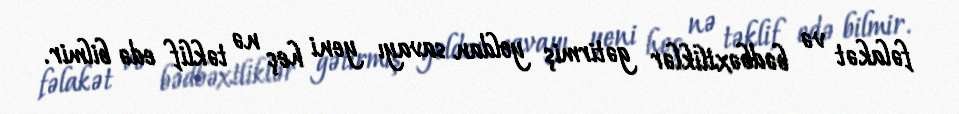
fəlakət və bədbəxtliklər gətirmiş yoldan savayı yeni heç nə təklif edə bilmir.